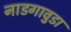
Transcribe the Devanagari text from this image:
नाडगावुडा